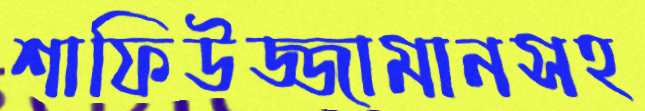
শাফিউজ্জামানসহ